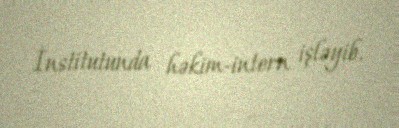
İnstitutunda həkim-intern işləyib.